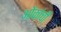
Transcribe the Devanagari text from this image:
ओकांची